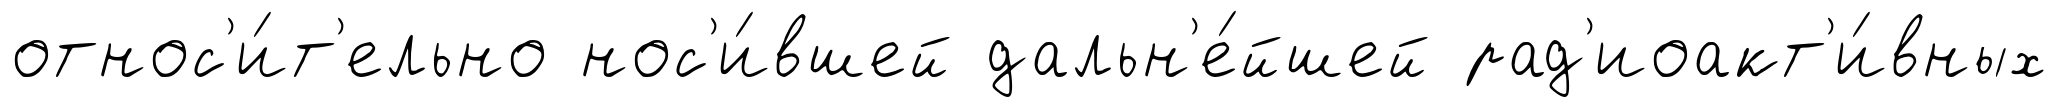
относ'и́т'ельно нос'и́вшей дальн'е́йшей рад'иоакт'и́вных